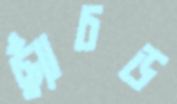
ছ্যাঁচড়